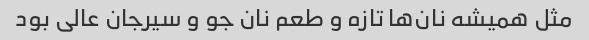
مثل همیشه نان‌ها تازه و طعم نان جو و سیرجان عالی بود